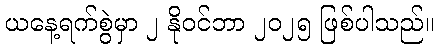
ယနေ့ရက်စွဲမှာ ၂ နိုဝင်ဘာ ၂၀၂၅ ဖြစ်ပါသည်။